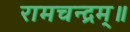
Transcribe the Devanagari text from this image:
रामचन्द्रम्॥